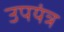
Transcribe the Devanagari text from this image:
उपयंत्र